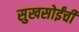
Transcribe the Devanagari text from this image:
सुखसोईंची